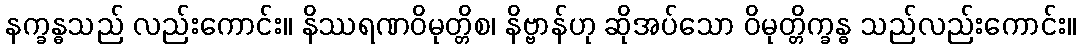
နက္ခန္ဓသည် လည်းကောင်း။ နိဿရဏဝိမုတ္တိစ၊ နိဗ္ဗာန်ဟု ဆိုအပ်သော ဝိမုတ္တိက္ခန္ဓ သည်လည်းကောင်း။